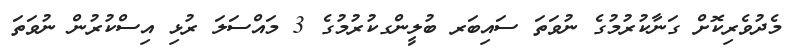
މެދުވެރިކޮށް ގަނާކުރުމުގެ ނުވަތަ ސައިބަރ ބުލީންގކުރުމުގެ 3 މައްސަލަ ރުޅި އިސްކުރުން ނުވަތަ